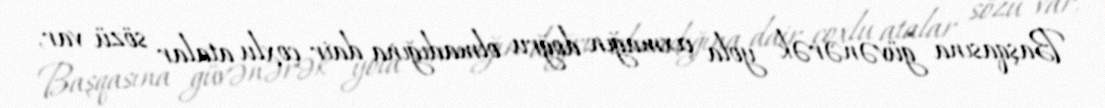
Başqasına güvənərək yola çıxmağın doğru olmadığına dair çoxlu atalar sözü var,